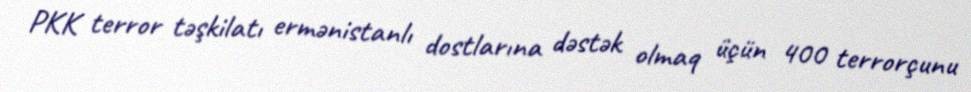
PKK terror təşkilatı ermənistanlı dostlarına dəstək olmaq üçün 400 terrorçunu